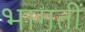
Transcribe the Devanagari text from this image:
भागतीं